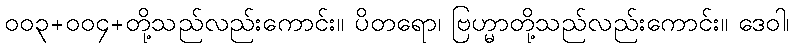
၀၀၃+၀၀၄+တို့သည်လည်းကောင်း။ ပိတရော၊ ဗြဟ္မာတို့သည်လည်းကောင်း။ ဒေဝါ၊